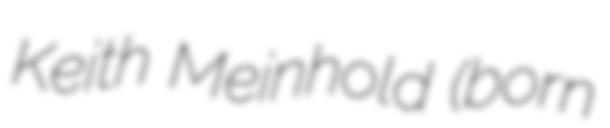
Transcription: Keith Meinhold (born